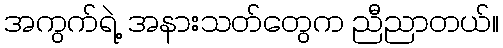
အကွက်ရဲ့ အနားသတ်တွေက ညီညာတယ်။